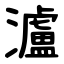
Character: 瀘